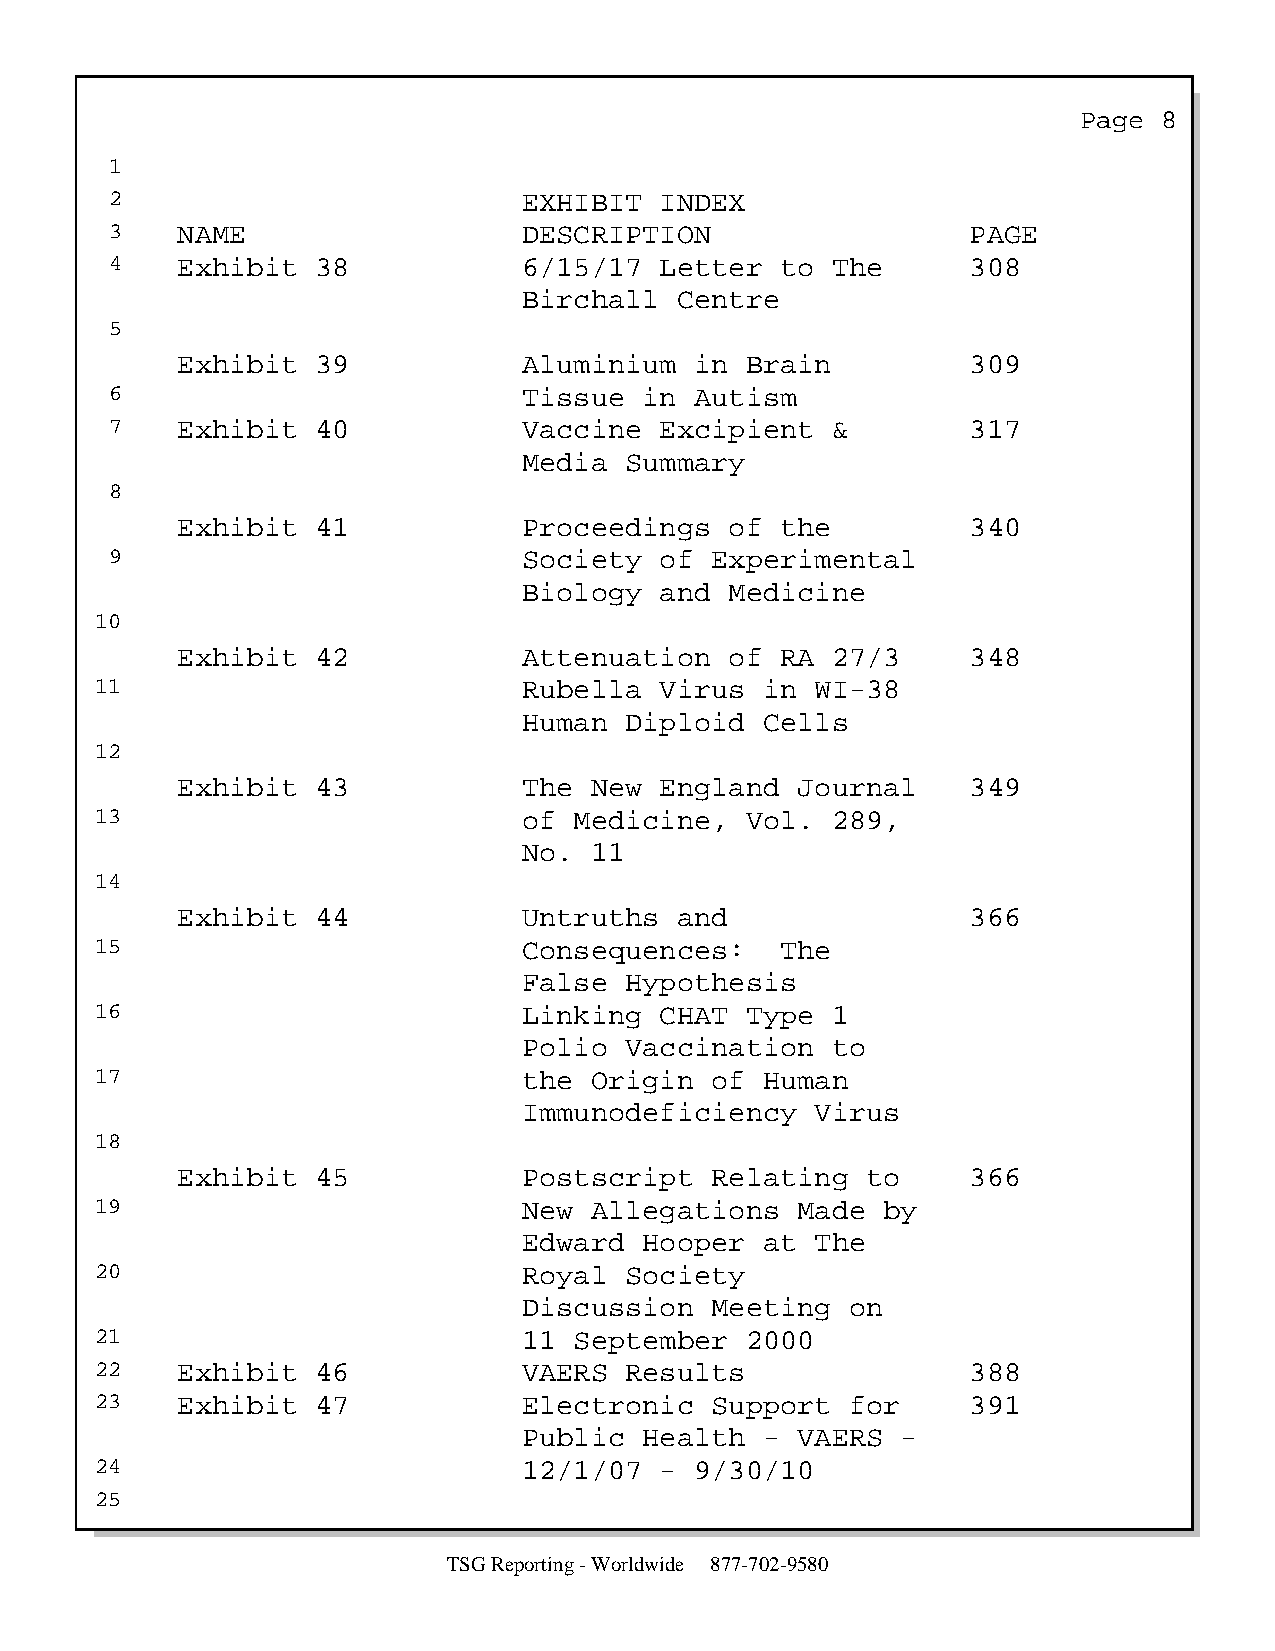
Page  8
 1
 2                           EXHIBIT  INDEX
 3    NAME                   DESCRIPTION                  PAGE
 4    Exhibit  38            6/15/17  Letter  to The      308
 Birchall  Centre
 5
 Exhibit  39            Aluminium  in Brain          309
 6                           Tissue  in Autism
 7    Exhibit  40            Vaccine  Excipient  &        317
 Media Summary
 8
 Exhibit  41            Proceedings  of  the         340
 9                           Society  of Experimental
 Biology  and Medicine
 10
 Exhibit  42            Attenuation  of  RA 27/3     348
 11                           Rubella  Virus  in WI-38
 Human Diploid   Cells
 12
 Exhibit  43            The New  England  Journal    349
 13                           of Medicine,  Vol.  289,
 No. 11
 14
 Exhibit  44            Untruths  and                366
 15                           Consequences:    The
 False Hypothesis
 16                           Linking  CHAT Type  1
 Polio Vaccination   to
 17                           the Origin  of  Human
 Immunodeficiency   Virus
 18
 Exhibit  45            Postscript  Relating  to     366
 19                           New Allegations   Made by
 Edward  Hooper  at The
 20                           Royal Society
 Discussion  Meeting  on
 21                           11 September  2000
 22    Exhibit  46            VAERS Results                388
 23    Exhibit  47            Electronic  Support  for     391
 Public  Health  - VAERS  -
 24                           12/1/07  - 9/30/10
 25
 TSG Reporting - Worldwide 877-702-9580